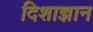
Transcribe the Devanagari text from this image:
दिशाज्ञान